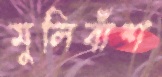
মুলিবাঁশ